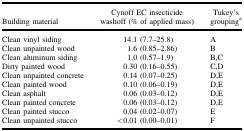
<table><thead><tr><td><b>Building material</b></td><td><b>Cynoff EC insecticide washoff (% of applied mass)</b></td><td><b>Tukey&#x27;s groupinga</b></td></tr></thead><tbody><tr><td>Clean vinyl siding</td><td>14.1 (7.7–25.8)</td><td>A</td></tr><tr><td>Clean unpainted wood</td><td>1.6 (0.85–2.86)</td><td>B</td></tr><tr><td>Clean aluminum siding</td><td>1.0 (0.57–1.9)</td><td>B,C</td></tr><tr><td>Dirty painted wood</td><td>0.30 (0.16–0.55)</td><td>C,D</td></tr><tr><td>Clean unpainted concrete</td><td>0.14 (0.07–0.25)</td><td>D,E</td></tr><tr><td>Clean painted wood</td><td>0.10 (0.06–0.19)</td><td>D,E</td></tr><tr><td>Clean asphalt</td><td>0.06 (0.03–0.12)</td><td>D,E</td></tr><tr><td>Clean painted concrete</td><td>0.06 (0.03–0.12)</td><td>D,E</td></tr><tr><td>Clean painted stucco</td><td>0.04 (0.02–0.07)</td><td>E</td></tr><tr><td>Clean unpainted stucco</td><td>&lt;0.01 (0.00–0.01)</td><td>F</td></tr></tbody></table>